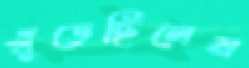
খুঁড়েছিলেম